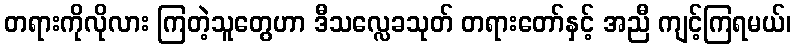
တရားကိုလိုလား ကြတဲ့သူတွေဟာ ဒီသလ္လေခသုတ် တရားတော်နှင့် အညီ ကျင့်ကြရမယ်၊